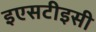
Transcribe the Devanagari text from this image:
इएसटीइसी